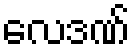
လေဒဏ်